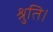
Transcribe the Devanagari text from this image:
श्रुति।